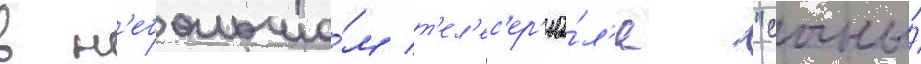
в н'ебольшо́м т'ел'ес'ер'иа́л'е "сыны́